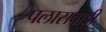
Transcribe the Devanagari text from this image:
पलासबाड़ी